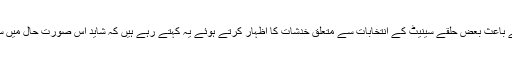
پاکستان میں جاری حالیہ سیاسی کشیدگی کے باعث بعض حلقے سینیٹ کے انتخابات سے متعلق خدشات کا اظہار کرتے ہوئے یہ کہتے رہے ہیں کہ شاید اس صورتِ حال میں سینٹ کے انتخابات اپنے وقت پر نہ ہوسکیں۔